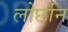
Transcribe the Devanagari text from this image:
लोछनि